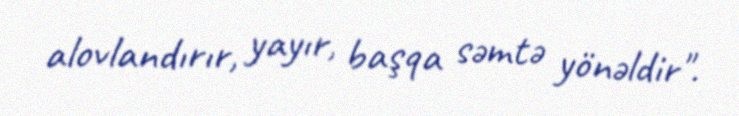
alovlandırır, yayır, başqa səmtə yönəldir".